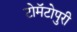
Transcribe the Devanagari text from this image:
टोमॅटोपुरी